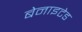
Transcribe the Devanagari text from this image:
बेनाइटेड